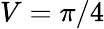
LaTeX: V=\pi/4